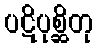
ပဋိပုစ္ဆိတု